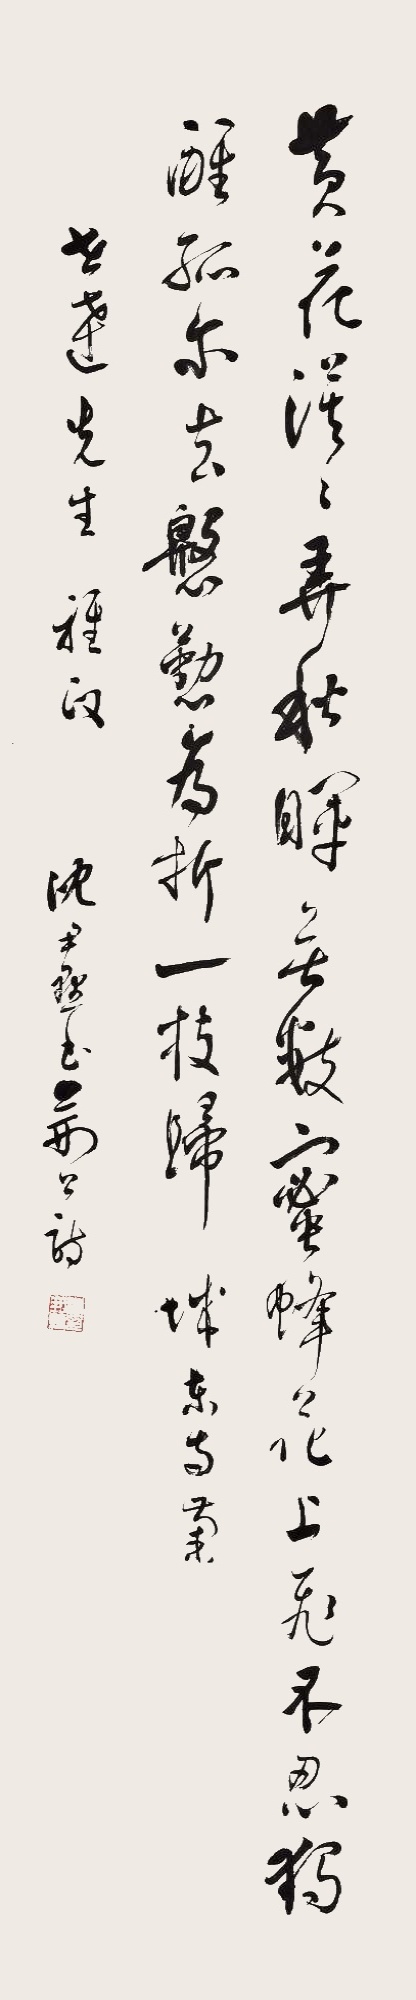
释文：黄花漠漠弄秋晖，无数蜜蜂花上飞。不忍独醒孤尔去，慇懃为折一枝归。《城东寺菊》。世达先生雅政，沈尹默书荆公诗。